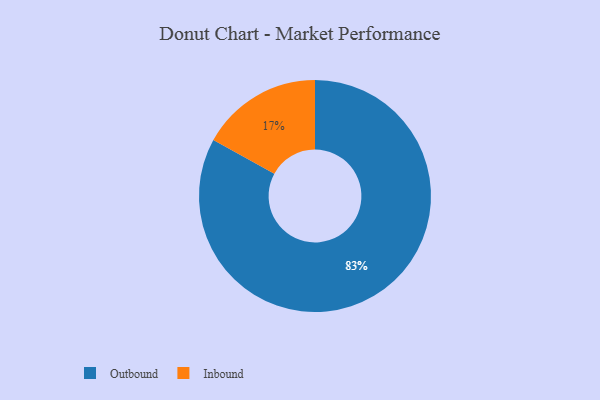
{"axis": {"x": "Category", "y": "Percentage"}, "legend": ["Inbound", "Outbound"], "data": [{"x": "Inbound", "y": 17, "type": "Inbound"}, {"x": "Outbound", "y": 83, "type": "Outbound"}]}